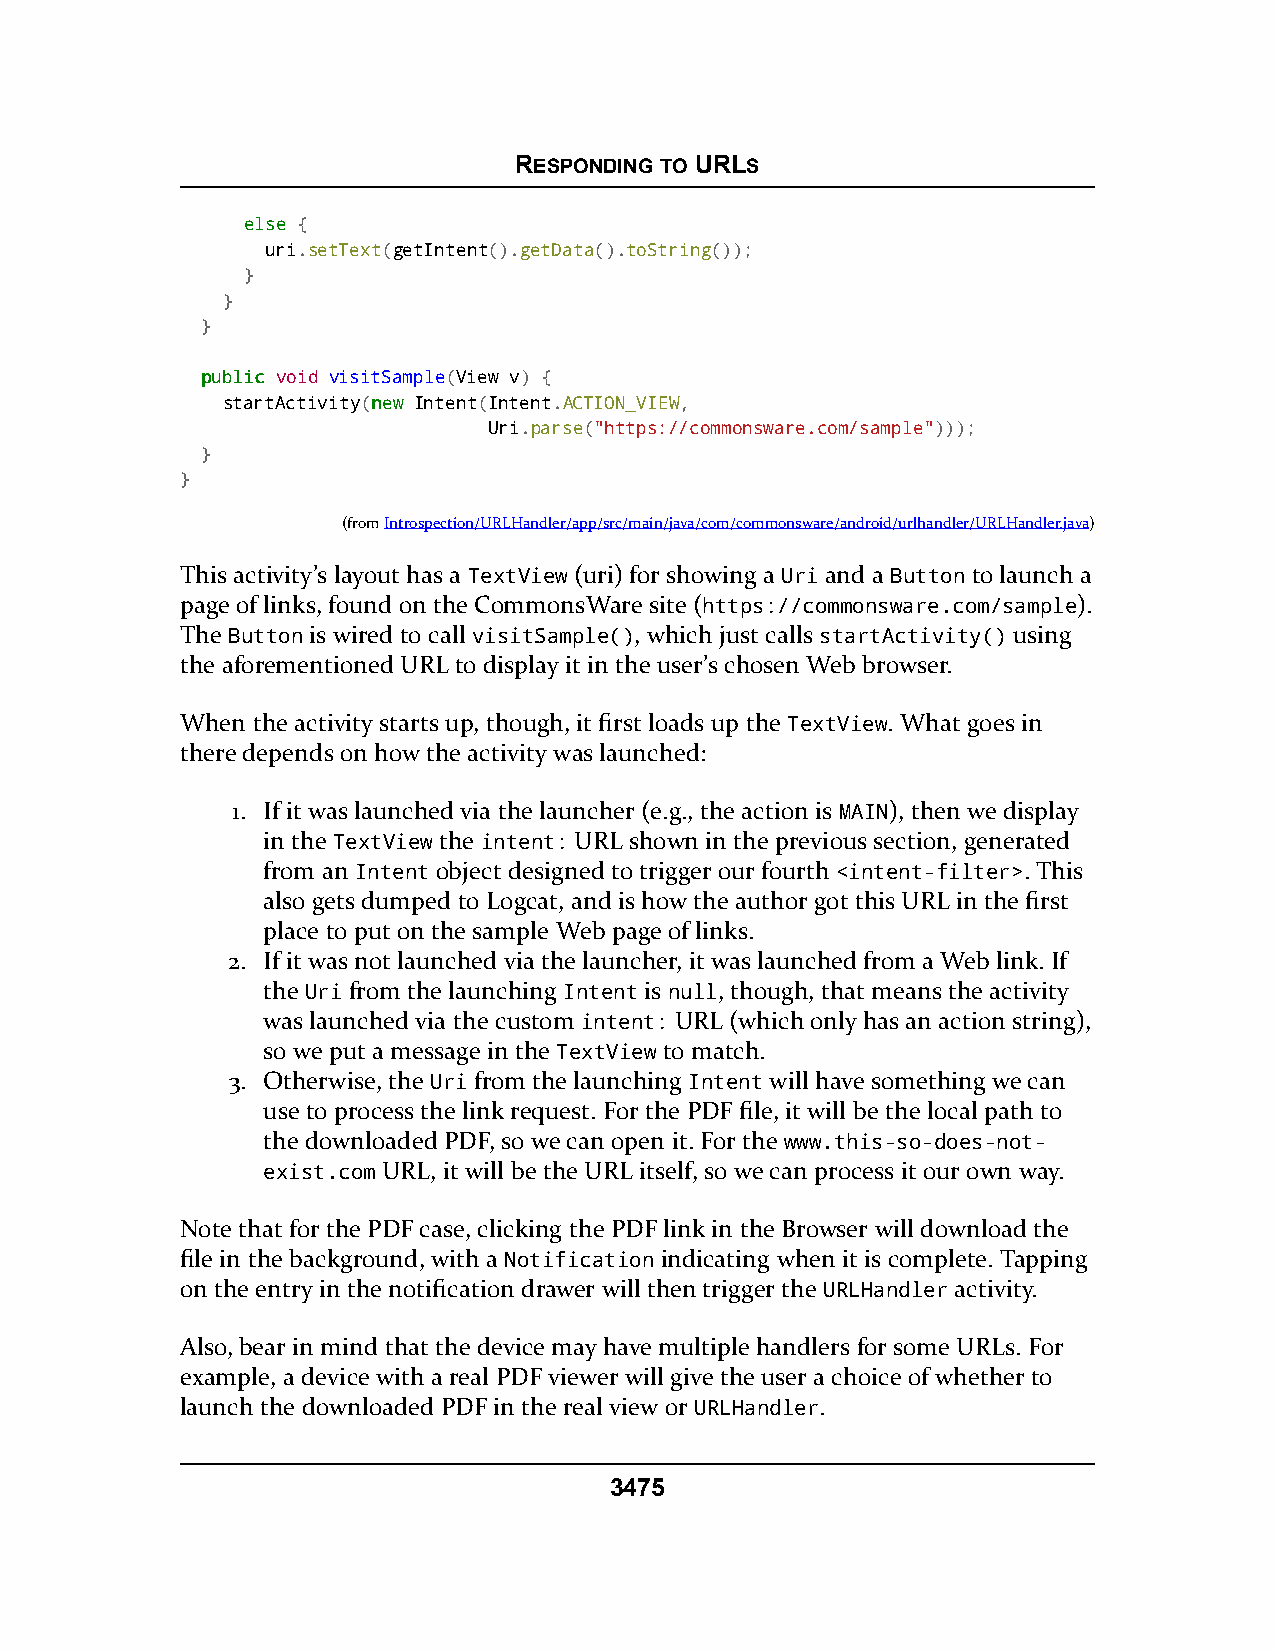
RESPONDING TO URLS
 eellssee {
 uri.setText(getIntent().getData().toString());
 }
 }
 }
 ppuubblliicc void visitSample(View v) {
 startActivity(nneeww Intent(Intent.ACTION_VIEW,
 Uri.parse("https://commonsware.com/sample")));
 }
 }
 (fromIntrospection/URLHandler/app/src/main/java/com/commonsware/android/urlhandler/URLHandler.java)
 This activity’s layout has a TextView (uri) for showing a Uri and a Button to launch a
 page of links, found on the CommonsWare site (https://commonsware.com/sample).
 The Button is wired to call visitSample(), which just calls startActivity() using
 the aforementioned URL to display it in the user’s chosen Web browser.
 When the activity starts up, though, it first loads up the TextView. What goes in
 there depends on how the activity was launched:
 1. If it was launched via the launcher (e.g., the action is MAIN), then we display
 in the TextView the intent: URL shown in the previous section, generated
 from an Intent object designed to trigger our fourth <intent-filter>. This
 also gets dumped to Logcat, and is how the author got this URL in the first
 place to put on the sample Web page of links.
 2. If it was not launched via the launcher, it was launched from a Web link. If
 the Uri from the launching Intent is null, though, that means the activity
 was launched via the custom intent: URL (which only has an action string),
 so we put a message in the TextView to match.
 3. Otherwise, the Uri from the launching Intent will have something we can
 use to process the link request. For the PDF file, it will be the local path to
 the downloaded PDF, so we can open it. For the www.this-so-does-not-
 exist.com URL, it will be the URL itself, so we can process it our own way.
 Note that for the PDF case, clicking the PDF link in the Browser will download the
 file in the background, with a Notification indicating when it is complete. Tapping
 on the entry in the notification drawer will then trigger the URLHandler activity.
 Also, bear in mind that the device may have multiple handlers for some URLs. For
 example, a device with a real PDF viewer will give the user a choice of whether to
 launch the downloaded PDF in the real view or URLHandler.
 3475